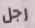
رجل